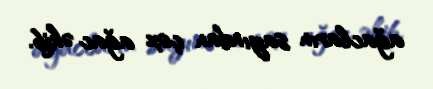
ağacların sayından çox ağac əkib.